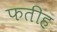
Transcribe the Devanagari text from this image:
फतीह